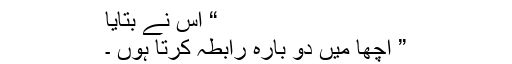
“ اس نے بتایا
” اچھا میں دو بارہ رابطہ کرتا ہوں ۔